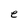
Character: e